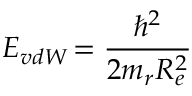
E _ { v d W } \! = \frac { \hbar ^ { 2 } } { 2 m _ { r } R _ { e } ^ { 2 } }